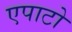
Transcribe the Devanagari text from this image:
एपाटो